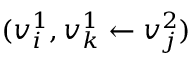
( v _ { i } ^ { 1 } , v _ { k } ^ { 1 } \leftarrow v _ { j } ^ { 2 } )